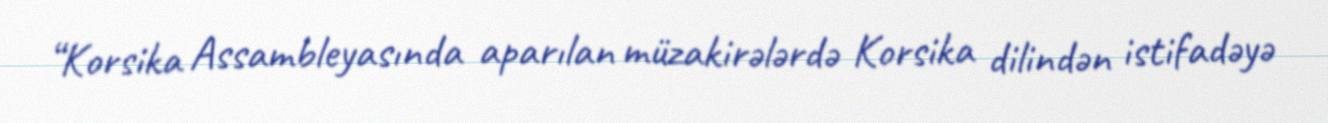
“Korsika Assambleyasında aparılan müzakirələrdə Korsika dilindən istifadəyə